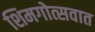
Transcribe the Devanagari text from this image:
शिमगोत्सवात